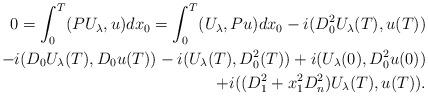
LaTeX: \begin{align*}0=\int_0^T(PU_{\lambda},u)dx_0=\int_0^T(U_{\lambda},Pu)dx_0-i(D_0^2U_{\lambda}(T),u(T))\\-i(D_0U_{\lambda}(T), D_0u(T))-i(U_{\lambda}(T),D_0^2(T))+i(U_{\lambda}(0),D_0^2u(0))\\+i((D_1^2+x_1^2D_n^2)U_{\lambda}(T),u(T)).\end{align*}